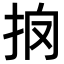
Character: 𢪼